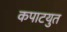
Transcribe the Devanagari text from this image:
कपाटयुत